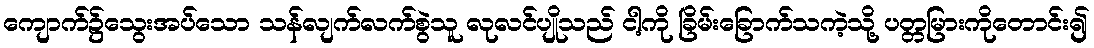
ကျောက်၌သွေးအပ်သော သန်လျက်လက်စွဲသူ လုလင်ပျိုသည် ငါ့ကို ခြိမ်းခြောက်သကဲ့သို့ ပတ္တမြားကိုတောင်း၍